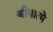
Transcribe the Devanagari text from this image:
जीवात्मे